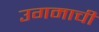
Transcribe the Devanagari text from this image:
उगमाची